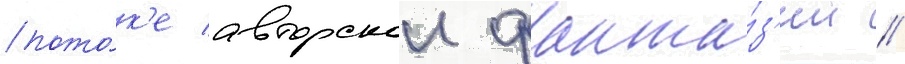
пото́к'е авторскои фанта́з'ии //